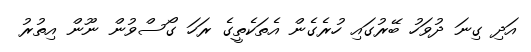
އަދި ގިނަ ދުވަހު ބޭރުގައި ހުރެގެން އެތަކެތީގެ ރަހަ ގޯސްވުން ނޫން އިތުރު